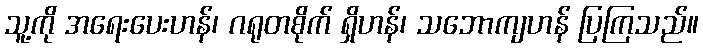
သူ့ကို အရေးပေးဟန်၊ ဂရုတစိုက် ရှိဟန်၊ သဘောကျဟန် ပြကြသည်။